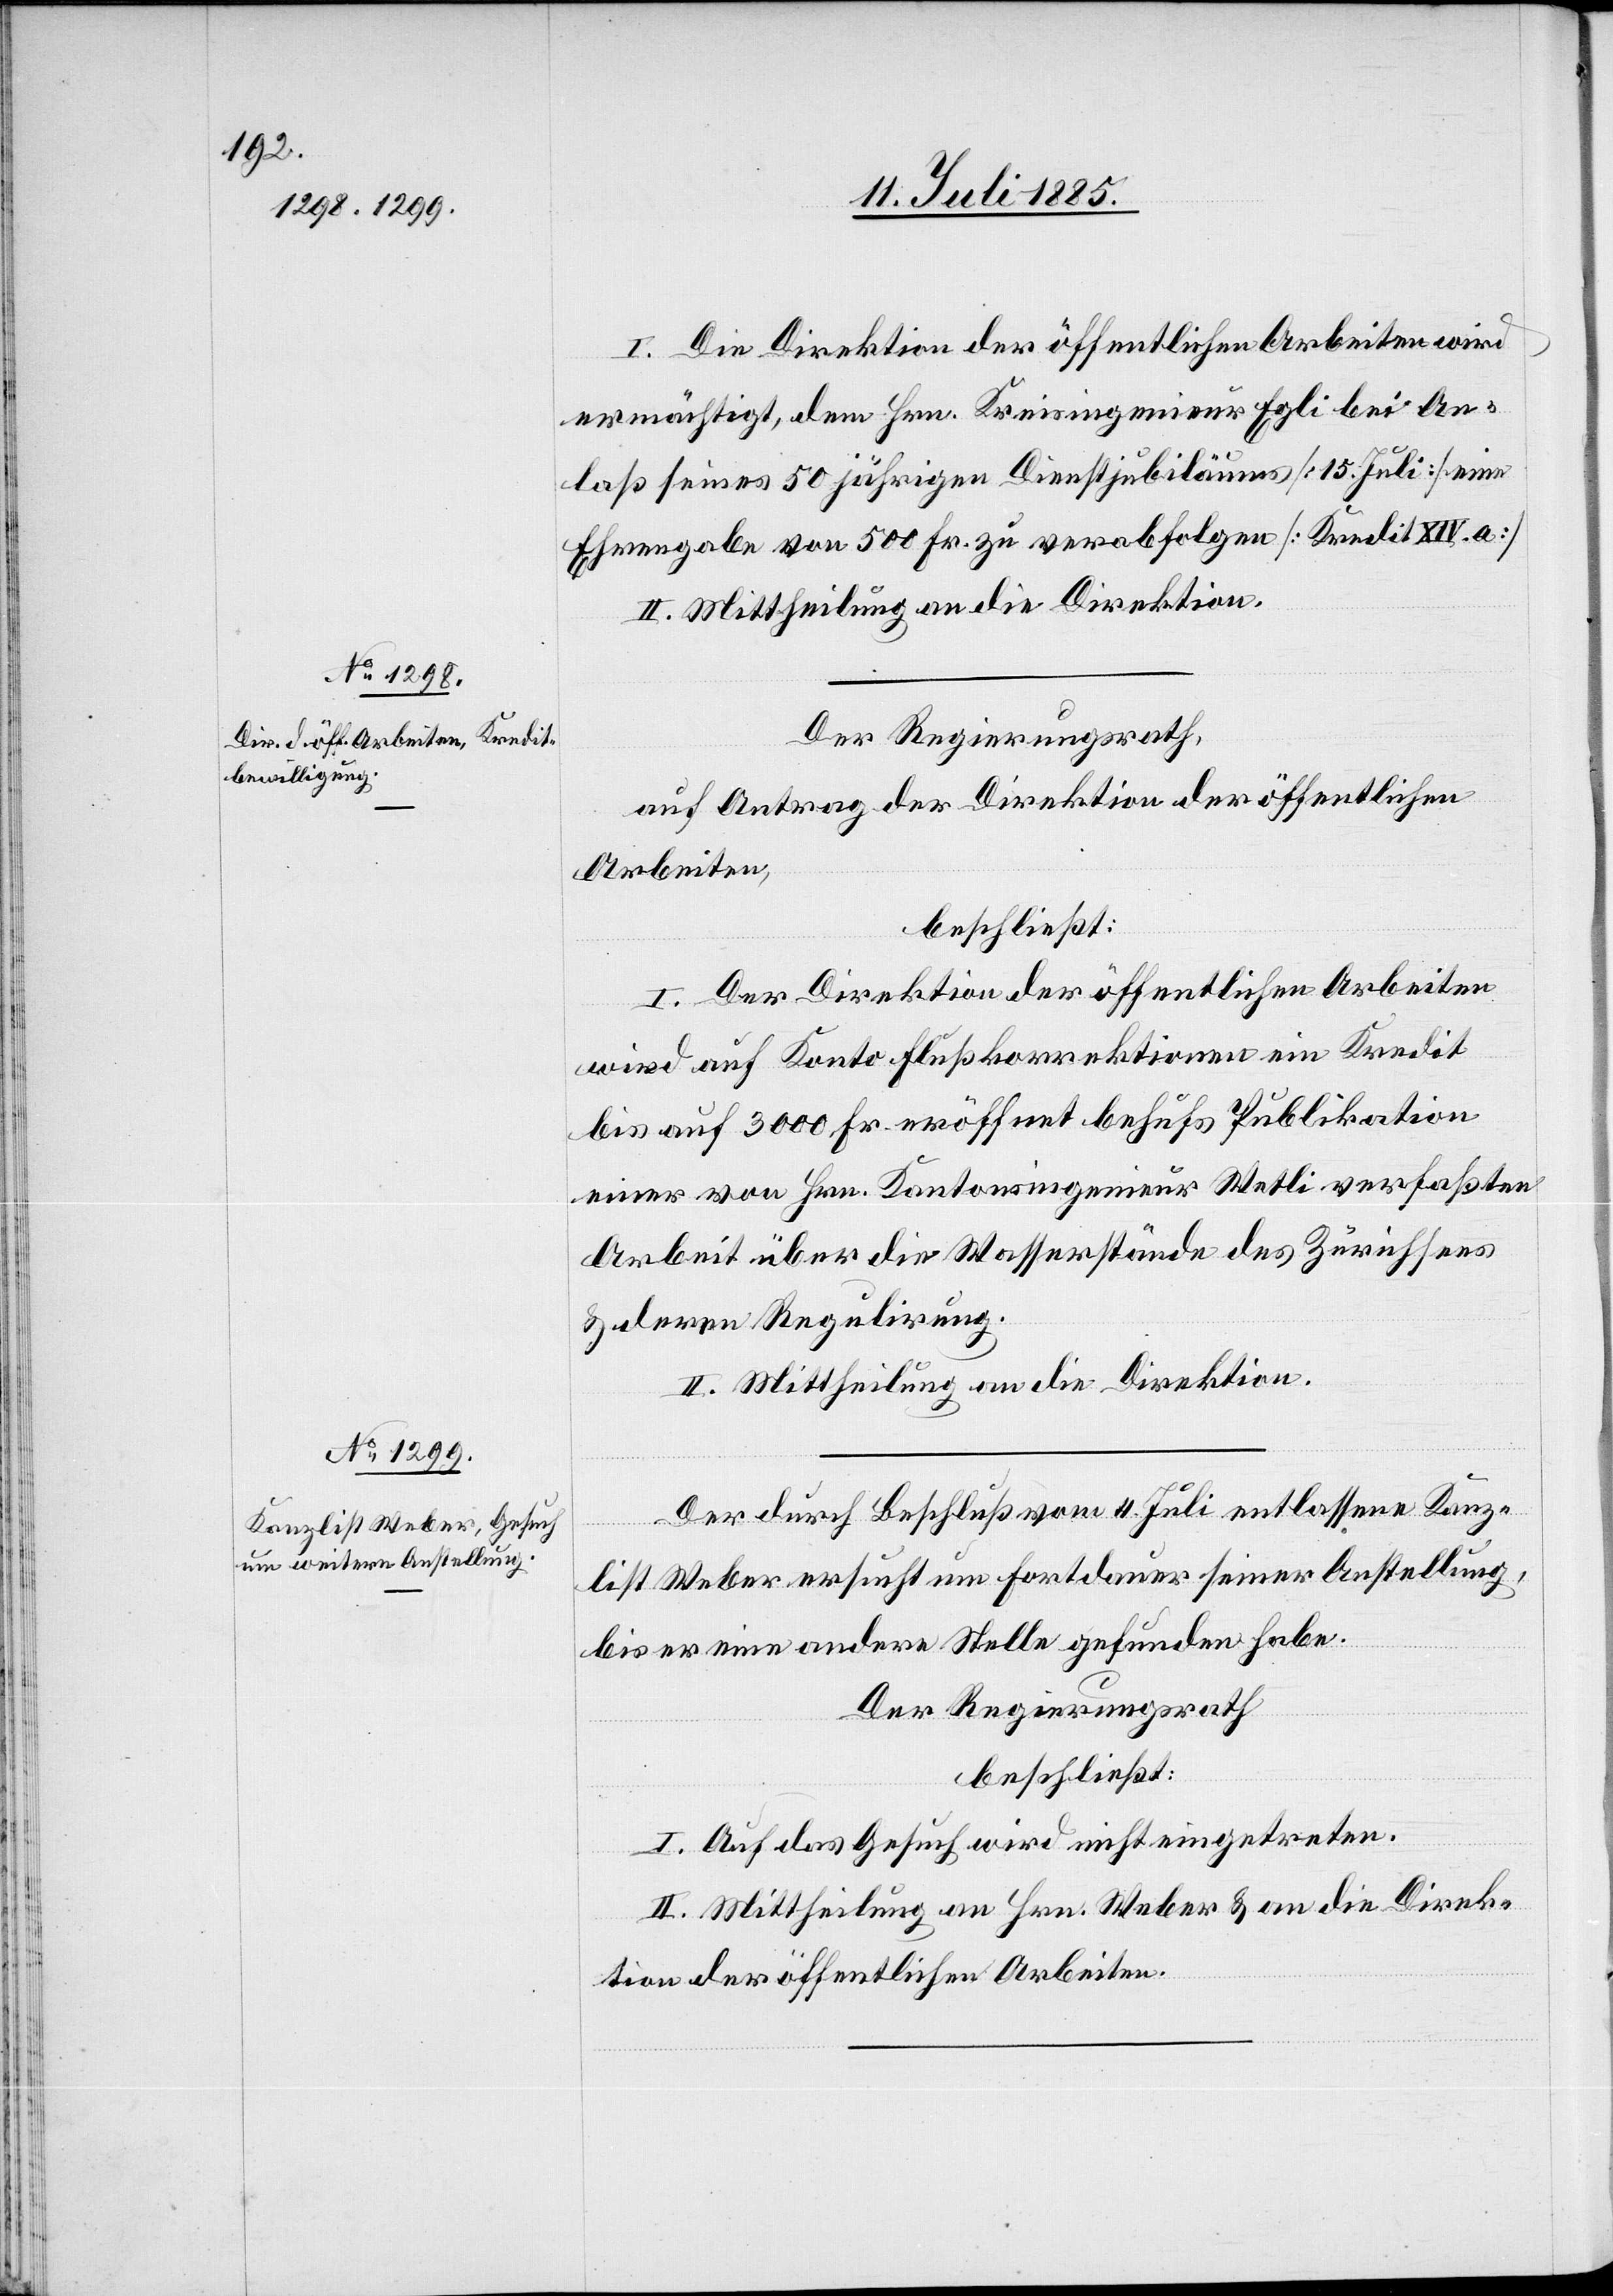
I. Die Direktion der öffentlichen Arbeiten wird
ermächtig, dem Hrn. Kreisingenieur Egli bei An¬
laß seines 50jährigen Dienstjubiläums [15. Juli] eine
Ehrengabe von 500 Fr. zu verabfolgen [Kredit XIV. a]
II. Mittheilung an die Direktion.
Der Regierungsrath,
auf Antrag der Direktion der öffentlichen
Arbeiten,
beschließt:
I. Der Direktion der öffentlichen Arbeiten
wird auf Konto Flußkorrektionen ein Kredit
bis auf 3000 Fr. eröffnet behufs Publikation
einer von Hrn. Kantonsingenieur Wetli verfaßten
Arbeit über die Wasserstände des Zürichsees
& deren Regulirung.
II. Mittheilung an die Direktion.
Der durch Beschluß vom 4. Juli entlassene Kanz¬
list Weber ersucht um Fortdauer seiner Anstellung,
bis er eine andere Stelle gefunden habe.
Der Regierungsrath
beschließt:
I. Auf das Gesuch wird nicht eingetreten.
II. Mittheilung an Hrn. Weber & an die Direk¬
tion der öffentlichen Arbeiten.